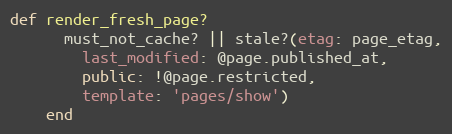
Language: Ruby
def render_fresh_page?
      must_not_cache? || stale?(etag: page_etag,
        last_modified: @page.published_at,
        public: !@page.restricted,
        template: 'pages/show')
    end